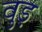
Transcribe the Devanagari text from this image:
वुड़